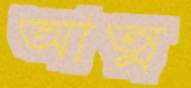
আত্ম